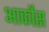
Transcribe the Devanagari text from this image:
आर्कोस